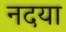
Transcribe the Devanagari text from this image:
नदया